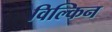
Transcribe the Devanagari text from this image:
विल्किन